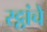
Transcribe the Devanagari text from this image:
रट्ठांचे